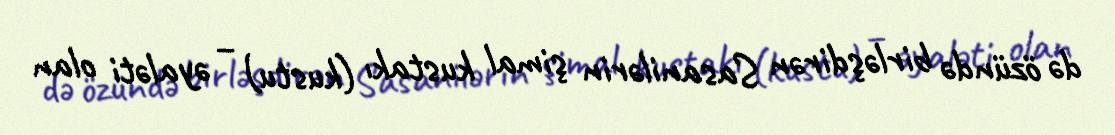
də özündə birləşdirən Sasanilərin şimal kustakı (kustu) – əyaləti olan